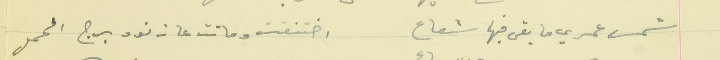
شمس عمري ما بقى فيها شعاع       اختنقت وماتت عا زنود برج الحمل